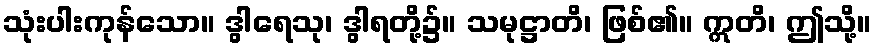
သုံးပါးကုန်သော။ ဒွါရေသု၊ ဒွါရတို့၌။ သမုဋ္ဌာတိ၊ ဖြစ်၏။ ဣတိ၊ ဤသို့။